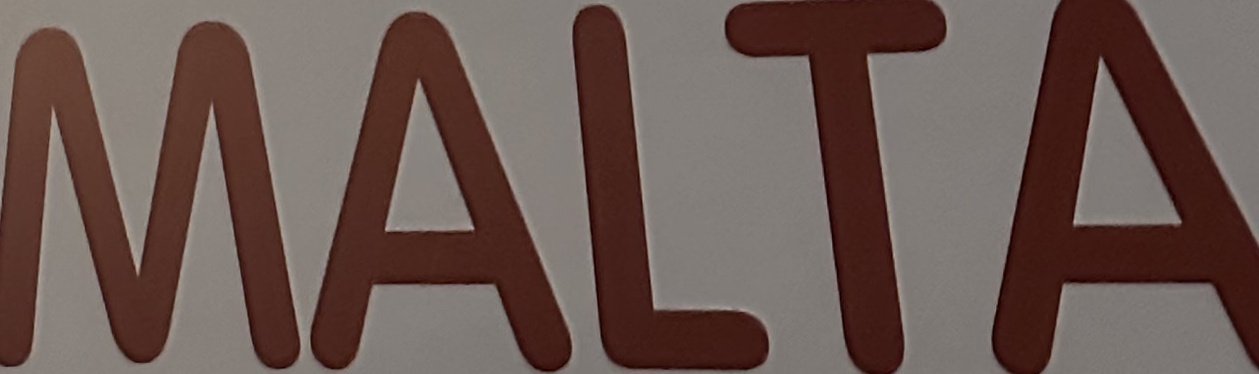
MALTA